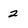
Character: 2